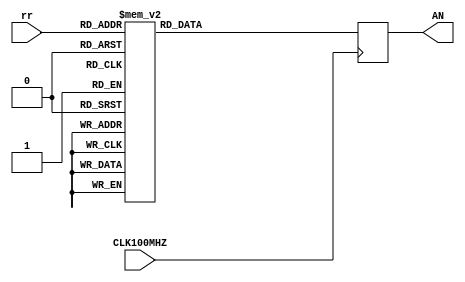
`timescale 1ns / 1ps
//////////////////////////////////////////////////////////////////////////////////
// Company: 
// Engineer: 
// 
// Design Name: 
// Module Name: anode_sel
// Project Name: 
// Target Devices: 
// Tool Versions: 
// Description: 
// 
// Dependencies: 
// 
// Revision:
// Revision 0.01 - File Created
// Additional Comments:
// 
//////////////////////////////////////////////////////////////////////////////////


module anode_sel(
    input CLK100MHZ,
    input [2:0] rr,
    output reg [7:0] AN
    );
    
    //Assign which digit to refresh with what segment mapping needed
    always @(posedge CLK100MHZ) begin
        case(rr)
            //0 shows what 7-seg disp is beign affected
            3'b000: AN = 8'b01111111;
            3'b001: AN = 8'b10111111;
            3'b010: AN = 8'b11011111;
            3'b011: AN = 8'b11101111;
            3'b100: AN = 8'b11110111;
            3'b101: AN = 8'b11111011;
            3'b110: AN = 8'b11111101;
            3'b111: AN = 8'b11111110;
        endcase
    end
endmodule